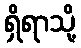
ရှိရာသို့